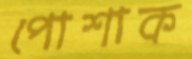
পোশাক